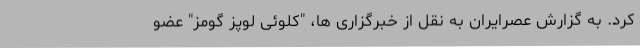
کرد. به گزارش عصرایران به نقل از خبرگزاری ها، "کلوئی لوپز گومز" عضو